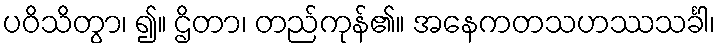
ပဝိသိတွာ၊ ၍။ ဌိတာ၊ တည်ကုန်၏။ အနေကတသဟဿသင်္ခါ၊